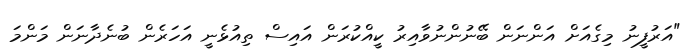
"އަރުފީނު މިގެއަށް އަންނަން ބޭނުންނުވާއިރު ކީއްކުރަން އައިސް ތިއުޅެނީ އަހަރެން ބުނެދާނަން މަންމަ